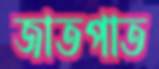
জাতপাত